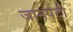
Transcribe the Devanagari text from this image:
जानपदी